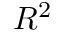
R ^ { 2 }